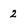
Character: 2